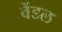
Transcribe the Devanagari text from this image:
वेंडल